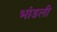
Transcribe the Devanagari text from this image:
भांडली